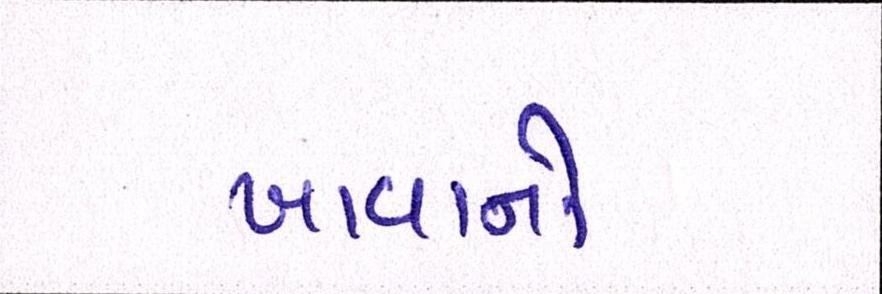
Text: ખાવાનો